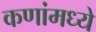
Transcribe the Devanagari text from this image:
कणांमध्ये